Civil Veterinary Dept. North-West Frontier Province 1923-32 - 1923-1932
Year: 1923
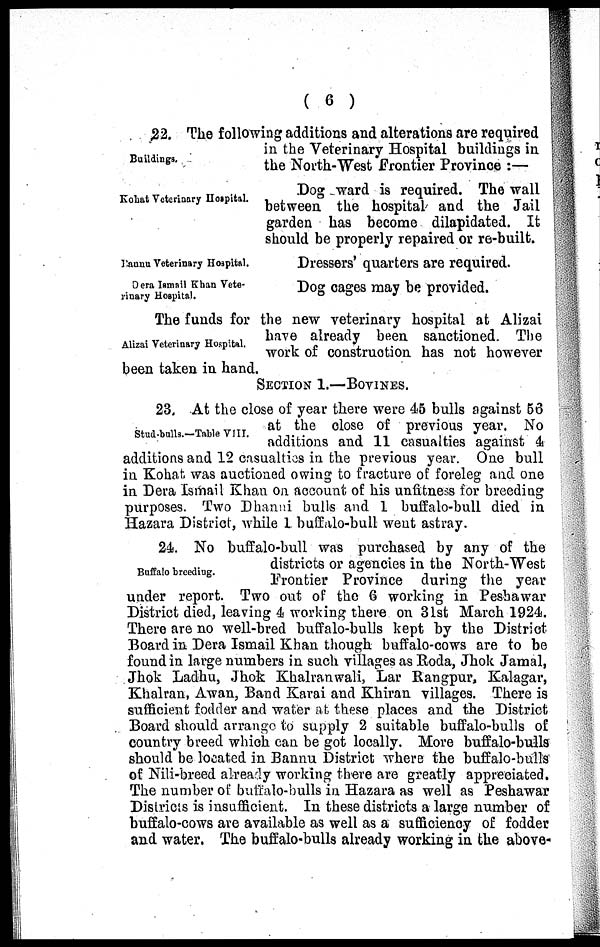
( 6 )
Buildings.
22. The following additions and alterations are required
in the Veterinary Hospital buildings in
the North-West Frontier Province :—
Kohat Veterinary Hospital.
Dog ward is required. The wall
between the hospital and the Jail
garden has become dilapidated. It
should be properly repaired or re-built.
Bannu Veterinary Hospital.
Dressers' quarters are required.
Dera Ismail Khan Vete-
rinary Hospital.
Dog cages may be provided.
Alizai Veterinary Hospital.
The funds for the new veterinary hospital at Alizai
have already been sanctioned. The
work of construction has not however
been taken in hand.
SECTION 1.—BOVINES.
Stud-bulls.—Table VIII.
23. At the close of year there were 45 bulls against 56
at the close of previous year. No
additions and 11 casualties against 4
additions and 12 casualties in the previous year. One bull
in Kohat. was auctioned owing to fracture of foreleg and one
in Dera Ismail Khan on account of his unfitness for breeding
purposes. Two Dhanni bulls and 1 buffalo-bull died in
Hazara District, while 1 buffalo-bull went astray.
Buffalo breeding.
24. No buffalo-bull was purchased by any of the
districts or agencies in the North-West
Frontier Province during the year
under report. Two out of the 6 working in Peshawar
District died, leaving 4 working there on 31st March 1924.
There are no well-bred buffalo-bulls kept by the District
Board in Dera Ismail Khan though buffalo-cows are to be
found in large numbers in such villages as Roda, Jhok Jamal,
Jhok Ladhu, Jhok Khalranwali, Lar Rangpur, Kalagar,
Khalran, Awan, Band Karai and Khiran villages. There is
sufficient fodder and water at these places and the District
Board should arrange to supply 2 suitable buffalo-bulls of
country breed which can be got locally. More buffalo-bulls
should be located in Bannu District where the buffalo-bulls
of Nili-breed already working there are greatly appreciated.
The number of buffalo-bulls in Hazara as well as Peshawar
Districts is insufficient. In these districts a large number of
buffalo-cows are available as well as a sufficiency of fodder
and water. The buffalo-bulls already working in the above-